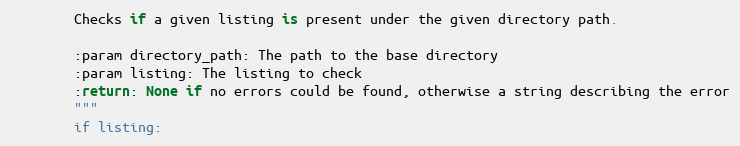
Language: Python
        Checks if a given listing is present under the given directory path.

        :param directory_path: The path to the base directory
        :param listing: The listing to check
        :return: None if no errors could be found, otherwise a string describing the error
        """
        if listing: